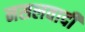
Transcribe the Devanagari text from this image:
नसलवादी